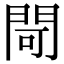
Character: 閜